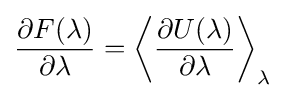
{\frac {\partial F(\lambda )}{\partial \lambda }}=\left\langle {\frac {\partial U(\lambda )}{\partial \lambda }}\right\rangle _{\lambda }